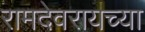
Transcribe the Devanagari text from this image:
रामदेवरायच्या